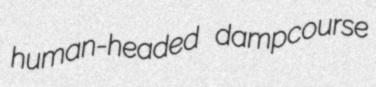
human-headed dampcourse